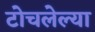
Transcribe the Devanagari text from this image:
टोचलेल्या